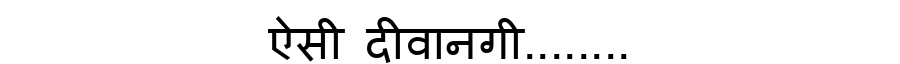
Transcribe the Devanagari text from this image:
ऐसी दीवानगी........